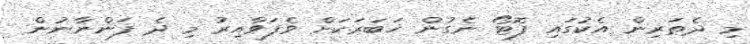
މި ދެތަރިން އެކުގައި ފޮޓޯ ނެގުން ޚަބަރަކަށް ވެފަވާއިރު މި ދެ ފަންނާނުން